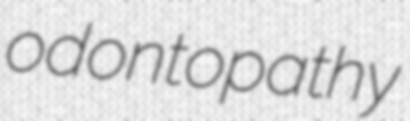
odontopathy